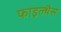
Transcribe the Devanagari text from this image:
फाइल्थैस